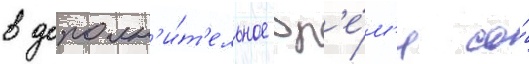
в дополн'и́т'ельное вр'е́м'я со́